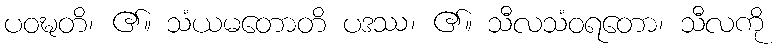
ပဝဍ္ဎတိ၊ ၏။ သံယမတောတိ ပဒဿ၊ ၏။ သီလသံဝရတော၊ သီလကို